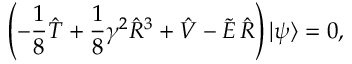
\left( - \frac { 1 } { 8 } \hat { { T } } + \frac { 1 } { 8 } \gamma ^ { 2 } { \hat { R } } ^ { 3 } + \hat { V } - { \widetilde E } \, \hat { R } \right) | \psi \rangle = 0 ,